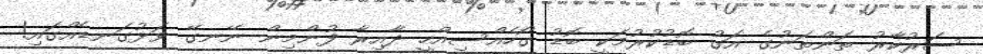
ސަރުކާރު ތަންތަނުގެ އަގު ބޮޑުކުރުމަކީ ބޮޑު ގޯހެއްސިއްހީ ދާއިރާ ފުންމިން ނޭނގޭ ވަޅުގަނޑެއްގައި!